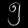
Digit: ၅